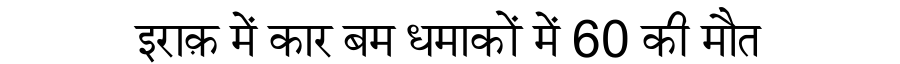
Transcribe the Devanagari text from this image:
इराक़ में कार बम धमाकों में 60 की मौत